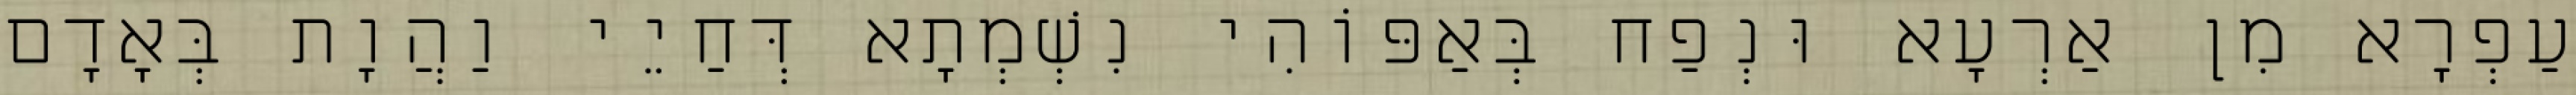
עַפְרָא מִן אַרְעָא וּנְפַח בְּאַפּוֹהִי נִשְׁמְתָא דְּחַיֵי וַהֲוָת בְּאָדָם